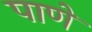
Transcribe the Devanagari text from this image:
पाणे